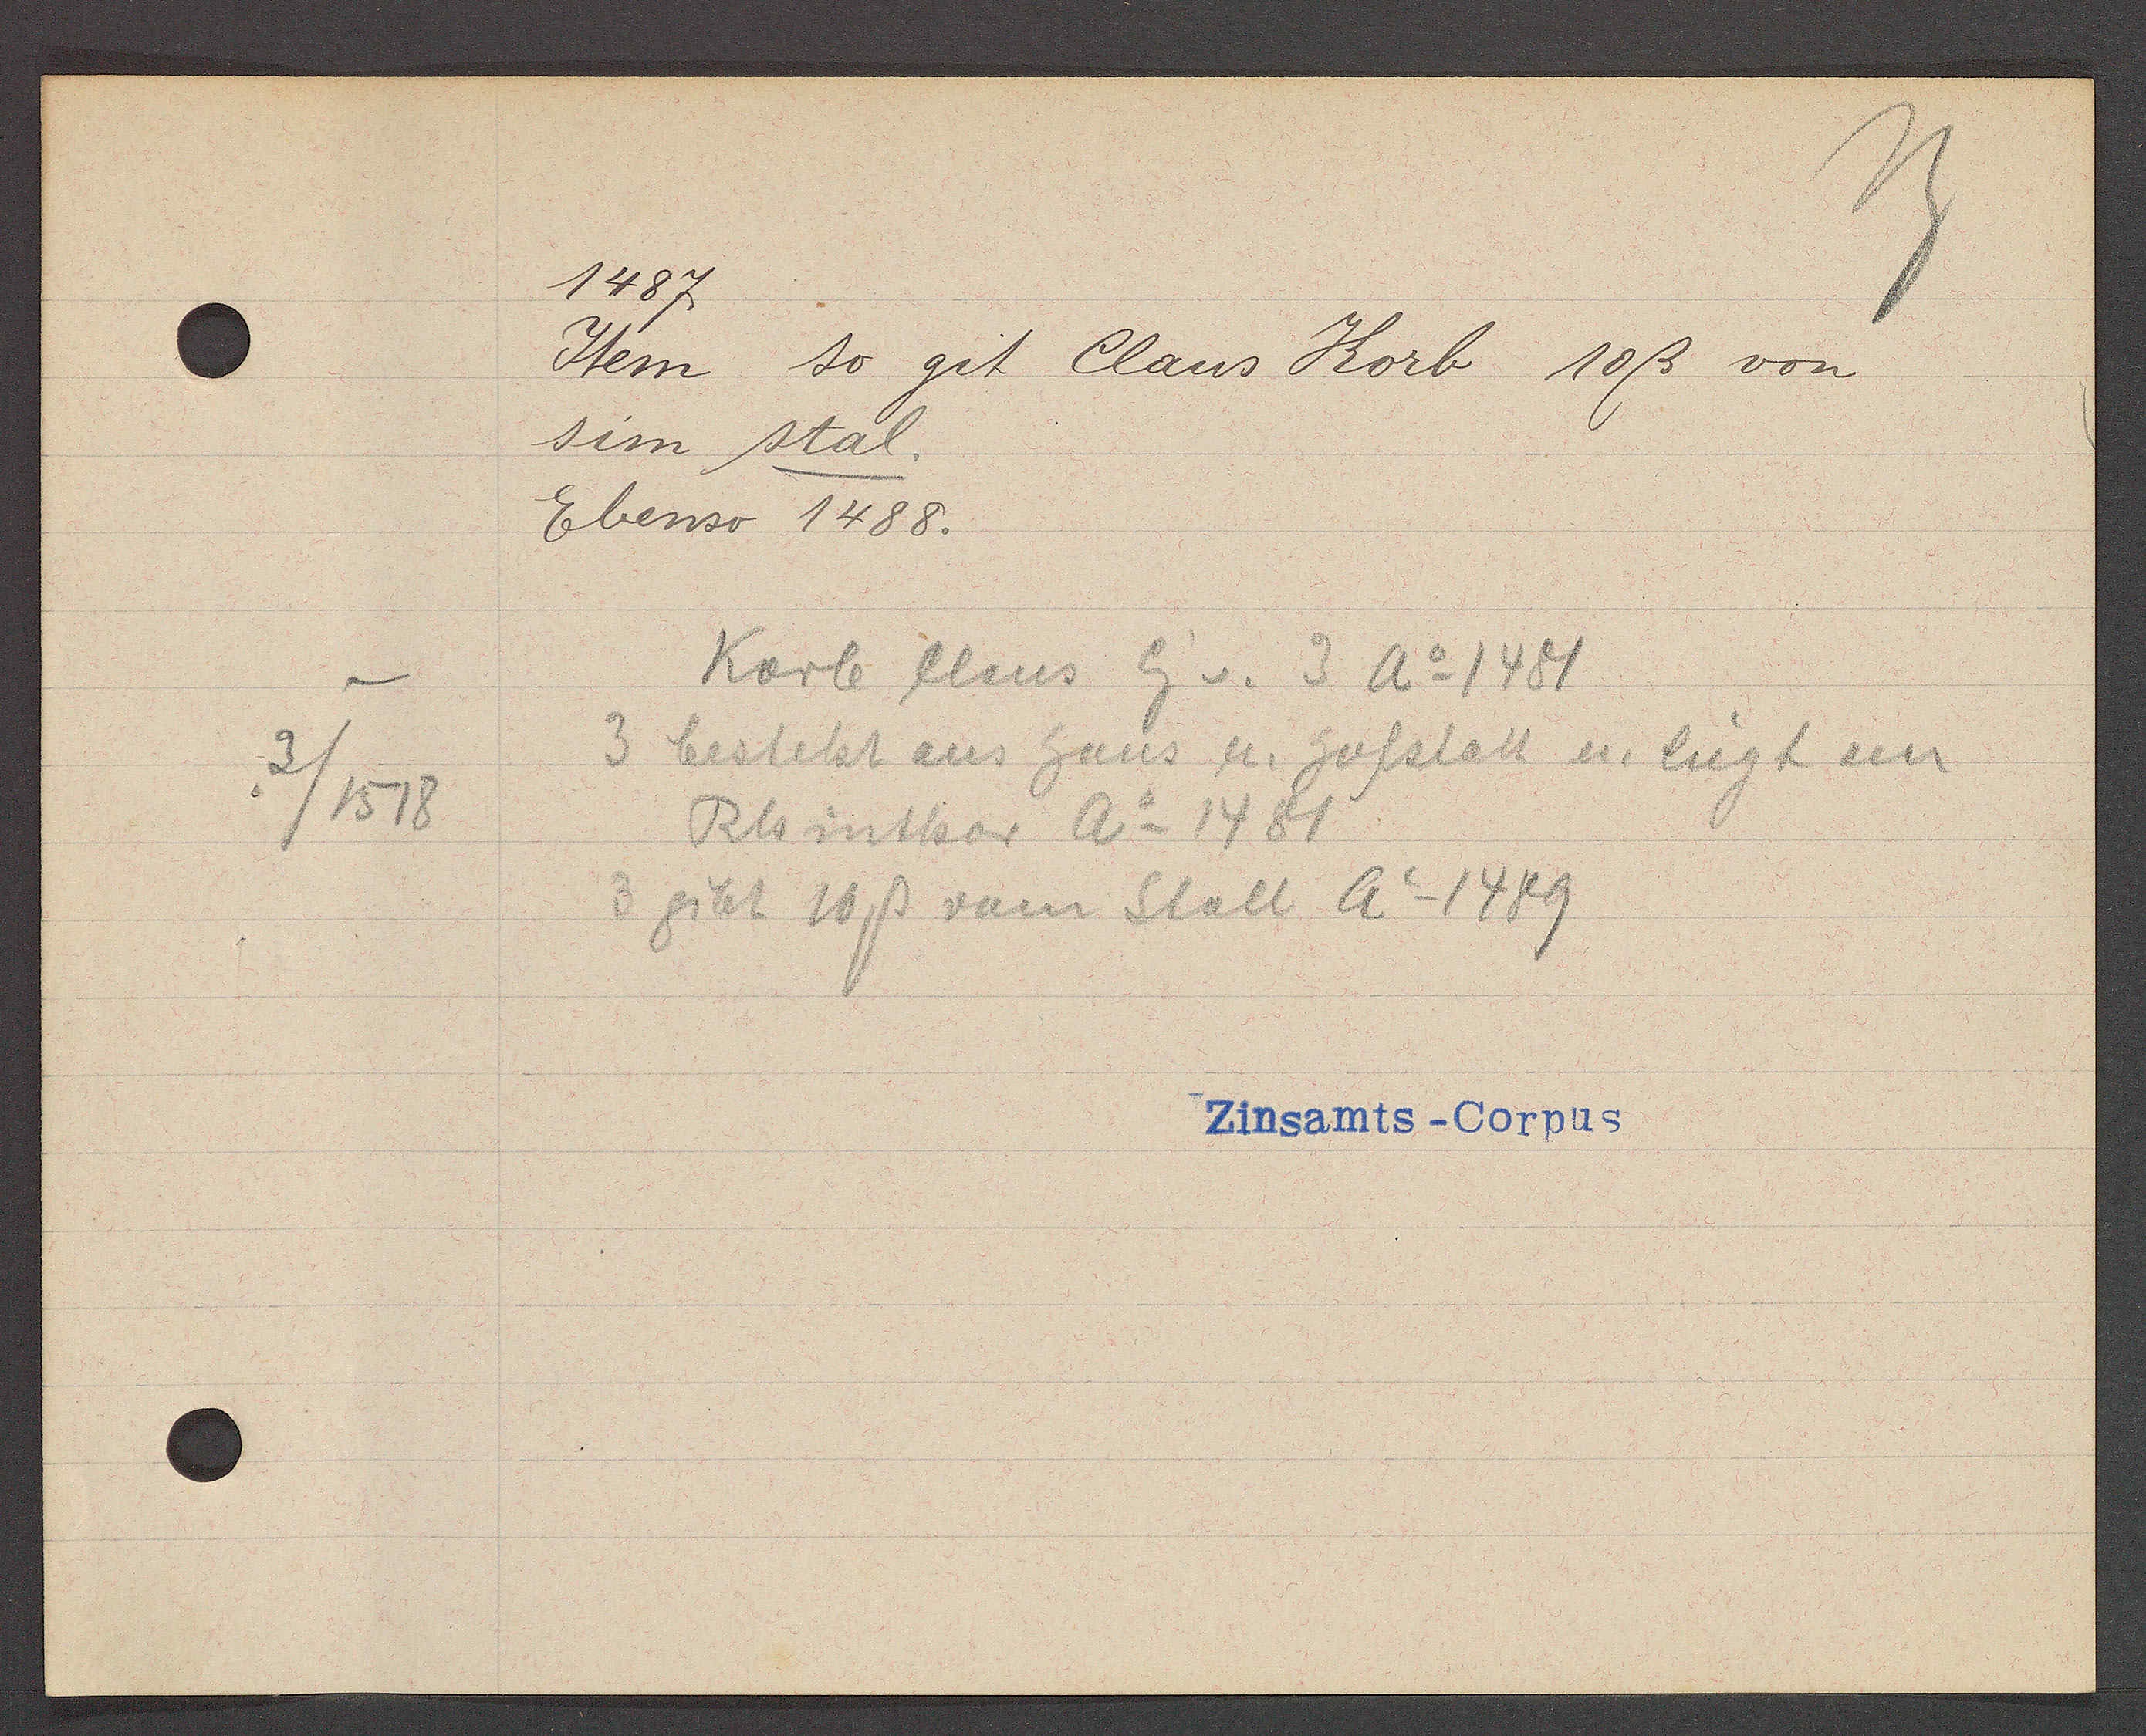
Transcript:
.
3 / 1518

1487

Item so git Claus Korb 10ß von
sim stal.
Ebenso 1488.

Korb Claus Eig. v. 3 Ao 1481
3 besteht aus haus u. hofstatt u. liegt am
Rhinthor Ao 1481
3 gibt 10 ß vom Stall Ao 1489

Zinsamts - Corpus